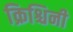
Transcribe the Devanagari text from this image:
क्रिश्चिनी